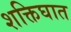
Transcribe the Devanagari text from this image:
शक्तिघात